Lunatic asylums Central Provinces reports 1874-1885 - 1874-1885
Year: 1874
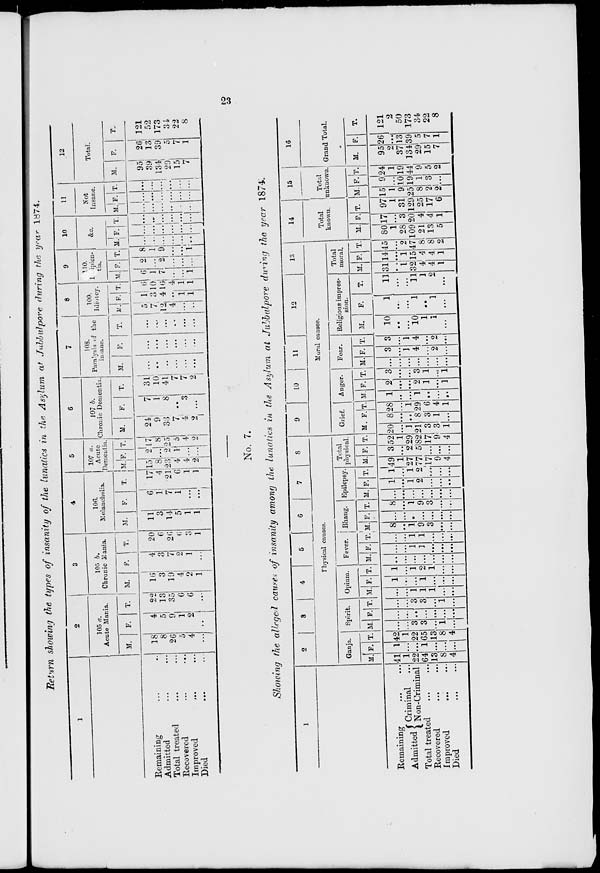
23
Return showing the types of insanity of the lunatics in the Asylum at Jubbulpore during the year 1874.
1
Remaining ... ...
Admitted ... ...
Total treated ... ...
Recovered ... ...
Improved ... ...
Died ... ...
2
105 a.
Acute Mania.
M.
18
8
26
5
4
...
F.
4
5
9
1
2
...
T.
22
13
35
6
6
...
3
105 b.
Chronic Mania.
M.
16
3
19
4
2
1
F.
4
3
7
2
1
...
T.
20
6
26
6
3
1
4
106.
Melancholia.
M.
11
3
14
5
1
1
F.
6
1
7
1
...
...
T.
17 4
21
6
1
1
5
107 a.
Acute
Dementia.
M.
15
8
23
4
4
2
F.
2
...
2
1
...
...
T.
17
8
25
5
4
2
6
107 b.
Chronic Dementia.
M.
24
9
33
7
4
2
F.
7
1
8
..
3
...
T.
31
10
41
7
7
2
7
108.
Paralysis of the
insane.
M.
..
..
..
...
...
...
F.
...
...
...
...
...
...
T.
...
...
...
..
...
...
8
109.
Idiotcy.
M.
5
7
12
4
...
...
F.
1
3
4
..
1
1
T.
6
10
16
4
1
1
9
110.
I ipien-
tia.
M.
6
1
7
...
...
1
F.
2
...
2
...
...
...
T.
8
1
9
...
...
1
10
&c.
M.
...
...
...
...
...
...
F.
...
...
...
...
...
...
T.
...
...
...
...
...
...
11
Not
Insane.
M.
...
...
...
...
...
...
F.
...
...
...
...
...
...
T.
...
...
...
...
...
...
12
Total.
M.
95
39
134
29
15
7
F.
26
13
39
5
7
1
T.
121
52
173
34
22
8
No. 7.
Showing the alleged causes of insanity among the lunatics in the Asylum at Jubbulpore during the year 1874.
1
Remaining ... ...
Admitted
Criminal ...
Non-Criminal
Total treated ... ...
Recovered ... ...
Improved
...
...
Died ... ...
2
3
4
5
6
7
8
Physical causes.
Ganja.
M.
41
1
22
64
13
8
4
F.
1
...
...
1
...
...
...
T.
42
1
22
65
13
8
4
Spirit.
M.
...
...
3
3
...
1
...
F.
...
...
..
...
...
...
...
T.
...
...
3
3
...
1
...
Opium.
M.
...
...
1
1
1
...
...
F.
1
...
..
1
...
...
...
T.
1
...
1
2
1
...
...
Fever.
M.
...
...
...
...
...
...
...
F.
...
...
1
1
...
...
...
T.
...
...
1
1
...
...
...
Bhang.
M.
8
...
1
9
3
...
...
F.
...
...
...
...
...
...
...
T.
8
...
1
9
3
...
...
Epilepsy.
M.
...
...
...
...
...
...
...
F.
1
...
1
2
...
...
...
T.
1
...
1
2
...
...
...
Total
physical.
M.
49
1
27
77
17
9
4
F.
3
...
2
5
...
...
...
T.
52
1
29
82
17
9
4
9
10
11
12
13
Moral causes.
Grief.
M.
20
...
1
21
3
3
1
F.
8
...
...
8
3
1
...
T.
28
...
1
29
6
4
1
Anger.
M.
1
...
...
1
..
...
...
F.
2
...
...
2
1
...
1
T.
3
...
...
3
1
...
1
Fear.
M.
...
...
...
...
...
...
...
F.
3
...
1
4
...
2
...
T.
3
...
1
4
...
2
...
Religious impres-
sion.
M.
10
...
...
10
1
1
...
F.
1
...
...
1
...
1
...
T.
11
...
...
11
1
2
...
Total
moral.
M.
31
...
1
32
4
4
1
F.
14
...
1
15
4
4
1
T.
45
...
2
47
8
8
2
14
Total
known.
M.
80
1
28
109
21
13
5
F.
17
...
3
20
4
4
1
T.
97
1
31
129
25
17
6
15
Total
unknown.
M.
15
1
9
25
8
2
2
F.
9
...
10
19
1
8
...
T.
24
1
19
44
9
5
2
16
Grand Total.
M.
95
2
37
134
29
15
7
F.
26
...
13
39
5
7
1
T.
121
2
50
173
34
22
8